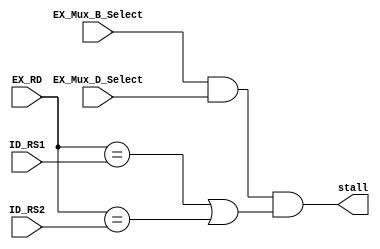
module hazard_detection_unit(
    input       EX_Mux_B_Select,
    input       EX_Mux_D_Select,
    input [4:0] EX_RD,
    input [4:0] ID_RS1,
    input [4:0] ID_RS2,
    output      stall
    );
//stall for load and use
wire MEM_Read;
assign MEM_Read         = EX_Mux_B_Select & EX_Mux_D_Select;
assign stall            = MEM_Read & (EX_RD == ID_RS1 | EX_RD == ID_RS2);
    
endmodule